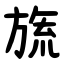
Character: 旒